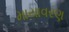
માયાવરણ